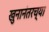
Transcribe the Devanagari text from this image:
खुनानंतरच्या